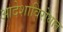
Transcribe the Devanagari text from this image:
आदेशाविरोधात